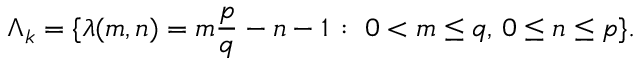
\Lambda _ { k } = \{ \lambda ( m , n ) = m \frac { p } { q } - n - 1 \, : \; 0 < m \leq q , \, 0 \leq n \leq p \} .